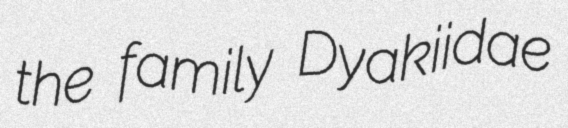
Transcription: the family Dyakiidae